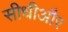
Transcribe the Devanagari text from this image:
सीधीऔर